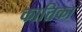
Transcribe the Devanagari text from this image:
कात्तिका